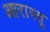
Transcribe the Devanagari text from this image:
आरास्तू